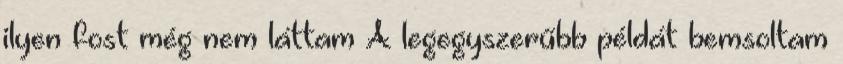
ilyen fost még nem láttam A legegyszerűbb példát bemsoltam